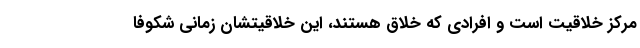
مرکز خلاقیت است و افرادی که خلاق هستند، این خلاقیتشان زمانی شکوفا